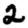
Digit: 2